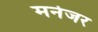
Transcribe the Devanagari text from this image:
मनेजर